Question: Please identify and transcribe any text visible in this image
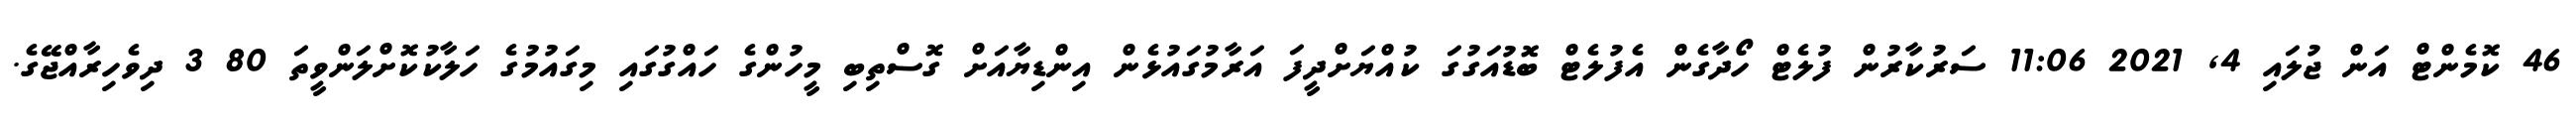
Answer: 46 ކޮމެންޓް އަން ޖުލައި 4, 2021 11:06 ސަރުކާރުން ފުލެޓް ހޯދާގެން އެފުލެޓް ބޮޑުއަގުގަ ކުއްޔަށްދީފަ އަރާމުގައުޅެން އިންޑިޔާއަށް ގޮސްތިބި މީހުންގެ ހައްގުގައި މިގައުމުގެ ހަލާކުކޮށްލަންވީތަ 80 3 ދިވެހިރާއްޖޭގެ.